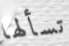
تسألها